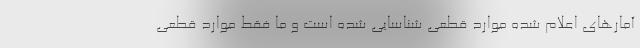
آمارهای اعلام شده موارد قطعی شناسایی شده‌ است و ما فقط موارد قطعی